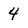
Character: 4